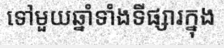
ទៅមួយឆ្នាំទាំងទីផ្សារក្នុង